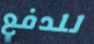
للدفع